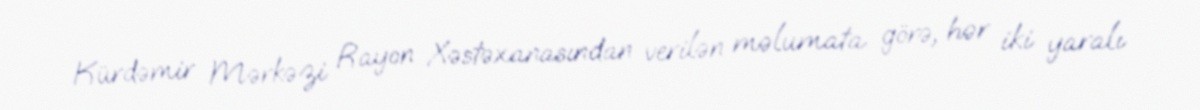
Kürdəmir Mərkəzi Rayon Xəstəxanasından verilən məlumata görə, hər iki yaralı